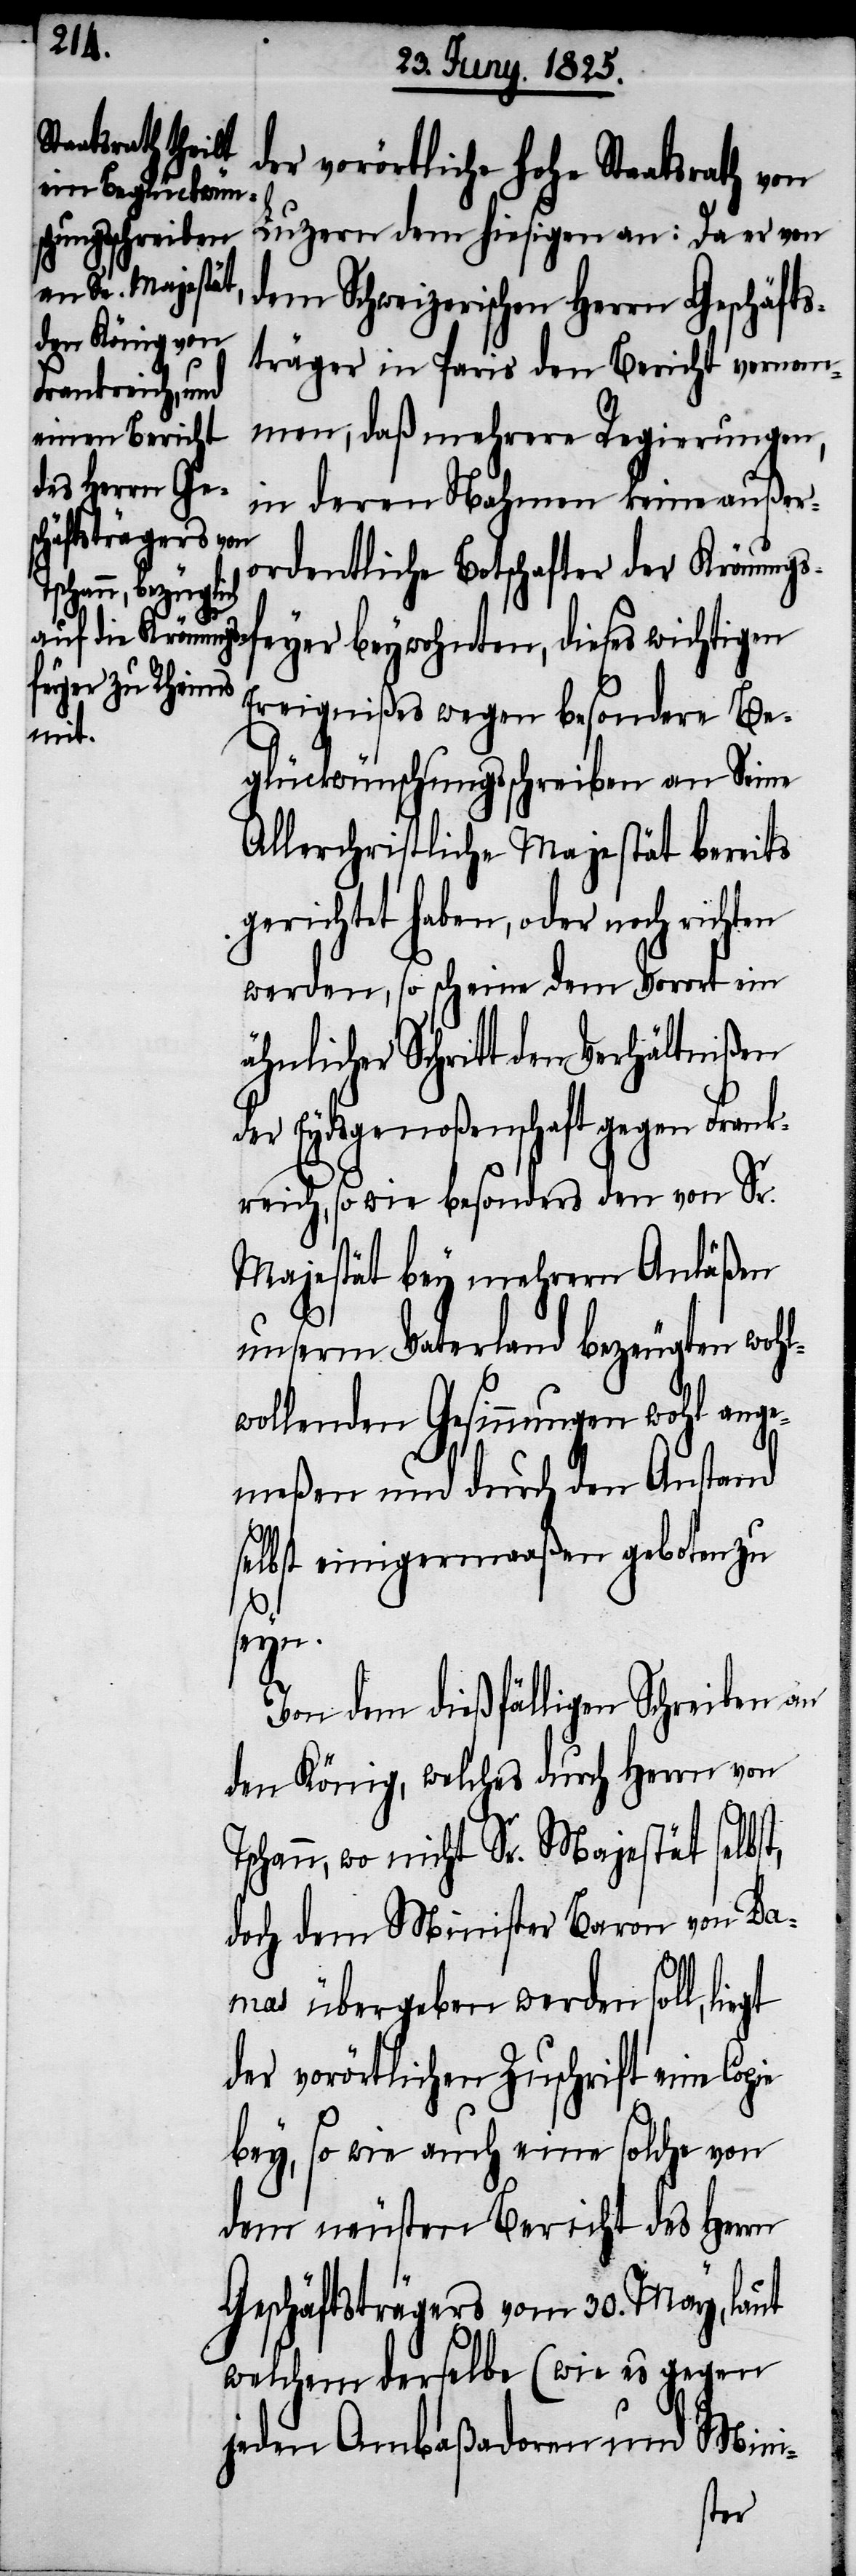
T¬

der vorörtliche hohe Staatsrath von
Luzern dem hiesigen an: Da er von
dem Schweizerischen Herrn Geschäfts¬
träger in Paris den Bericht vernom¬
men, daß mehrere Regierungen,
in deren Nahmen keine außer¬
ordentliche Botschafter der Krönungs¬
feyer beywohnten, dieses wichtigen
Ereignißes wegen besondre Be¬
glückwünschungsschreiben an Seine
Allerchristliche Majestät bereits
erichtet haben, oder noch rich¬
werden, so scheine dem Vorort ein
ähnlicher Schritt den Verhältnißen
der Eydsgenoßenschaft gegen Frank¬
reich, sowie besonders den von Sr.
Majestät bey mehrern Anläßen
unserm Vaterland bezeugten wohl¬
wollenden Gesinnungen wohl ange¬
meßen und durch den Anstand
selbst einigermaaßen geboten zu
seyn.
Von dem dießfälligen Schreiben an
den König, welches durch Herrn von
schann, wo nicht Sr. Majestät selbst,
doch dem Minister Baron von Da¬
mas übergeben werden soll,
der vorörtlichen Zuschrift eine
bey, so wie auch eine solche von
dem neusten Bericht des Herrn
Geschäftsträgers vom 30. May, laut
welchem derselbe (wie es gegen
jeden Ambaßadoren und Mini-